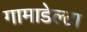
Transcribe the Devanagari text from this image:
गामाडेल्टा